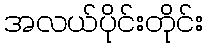
အလယ်ပိုင်းတိုင်း